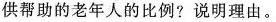
提供帮助的老年人的比例?说明理由。